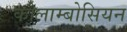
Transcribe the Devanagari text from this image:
कोलाम्बोसियन